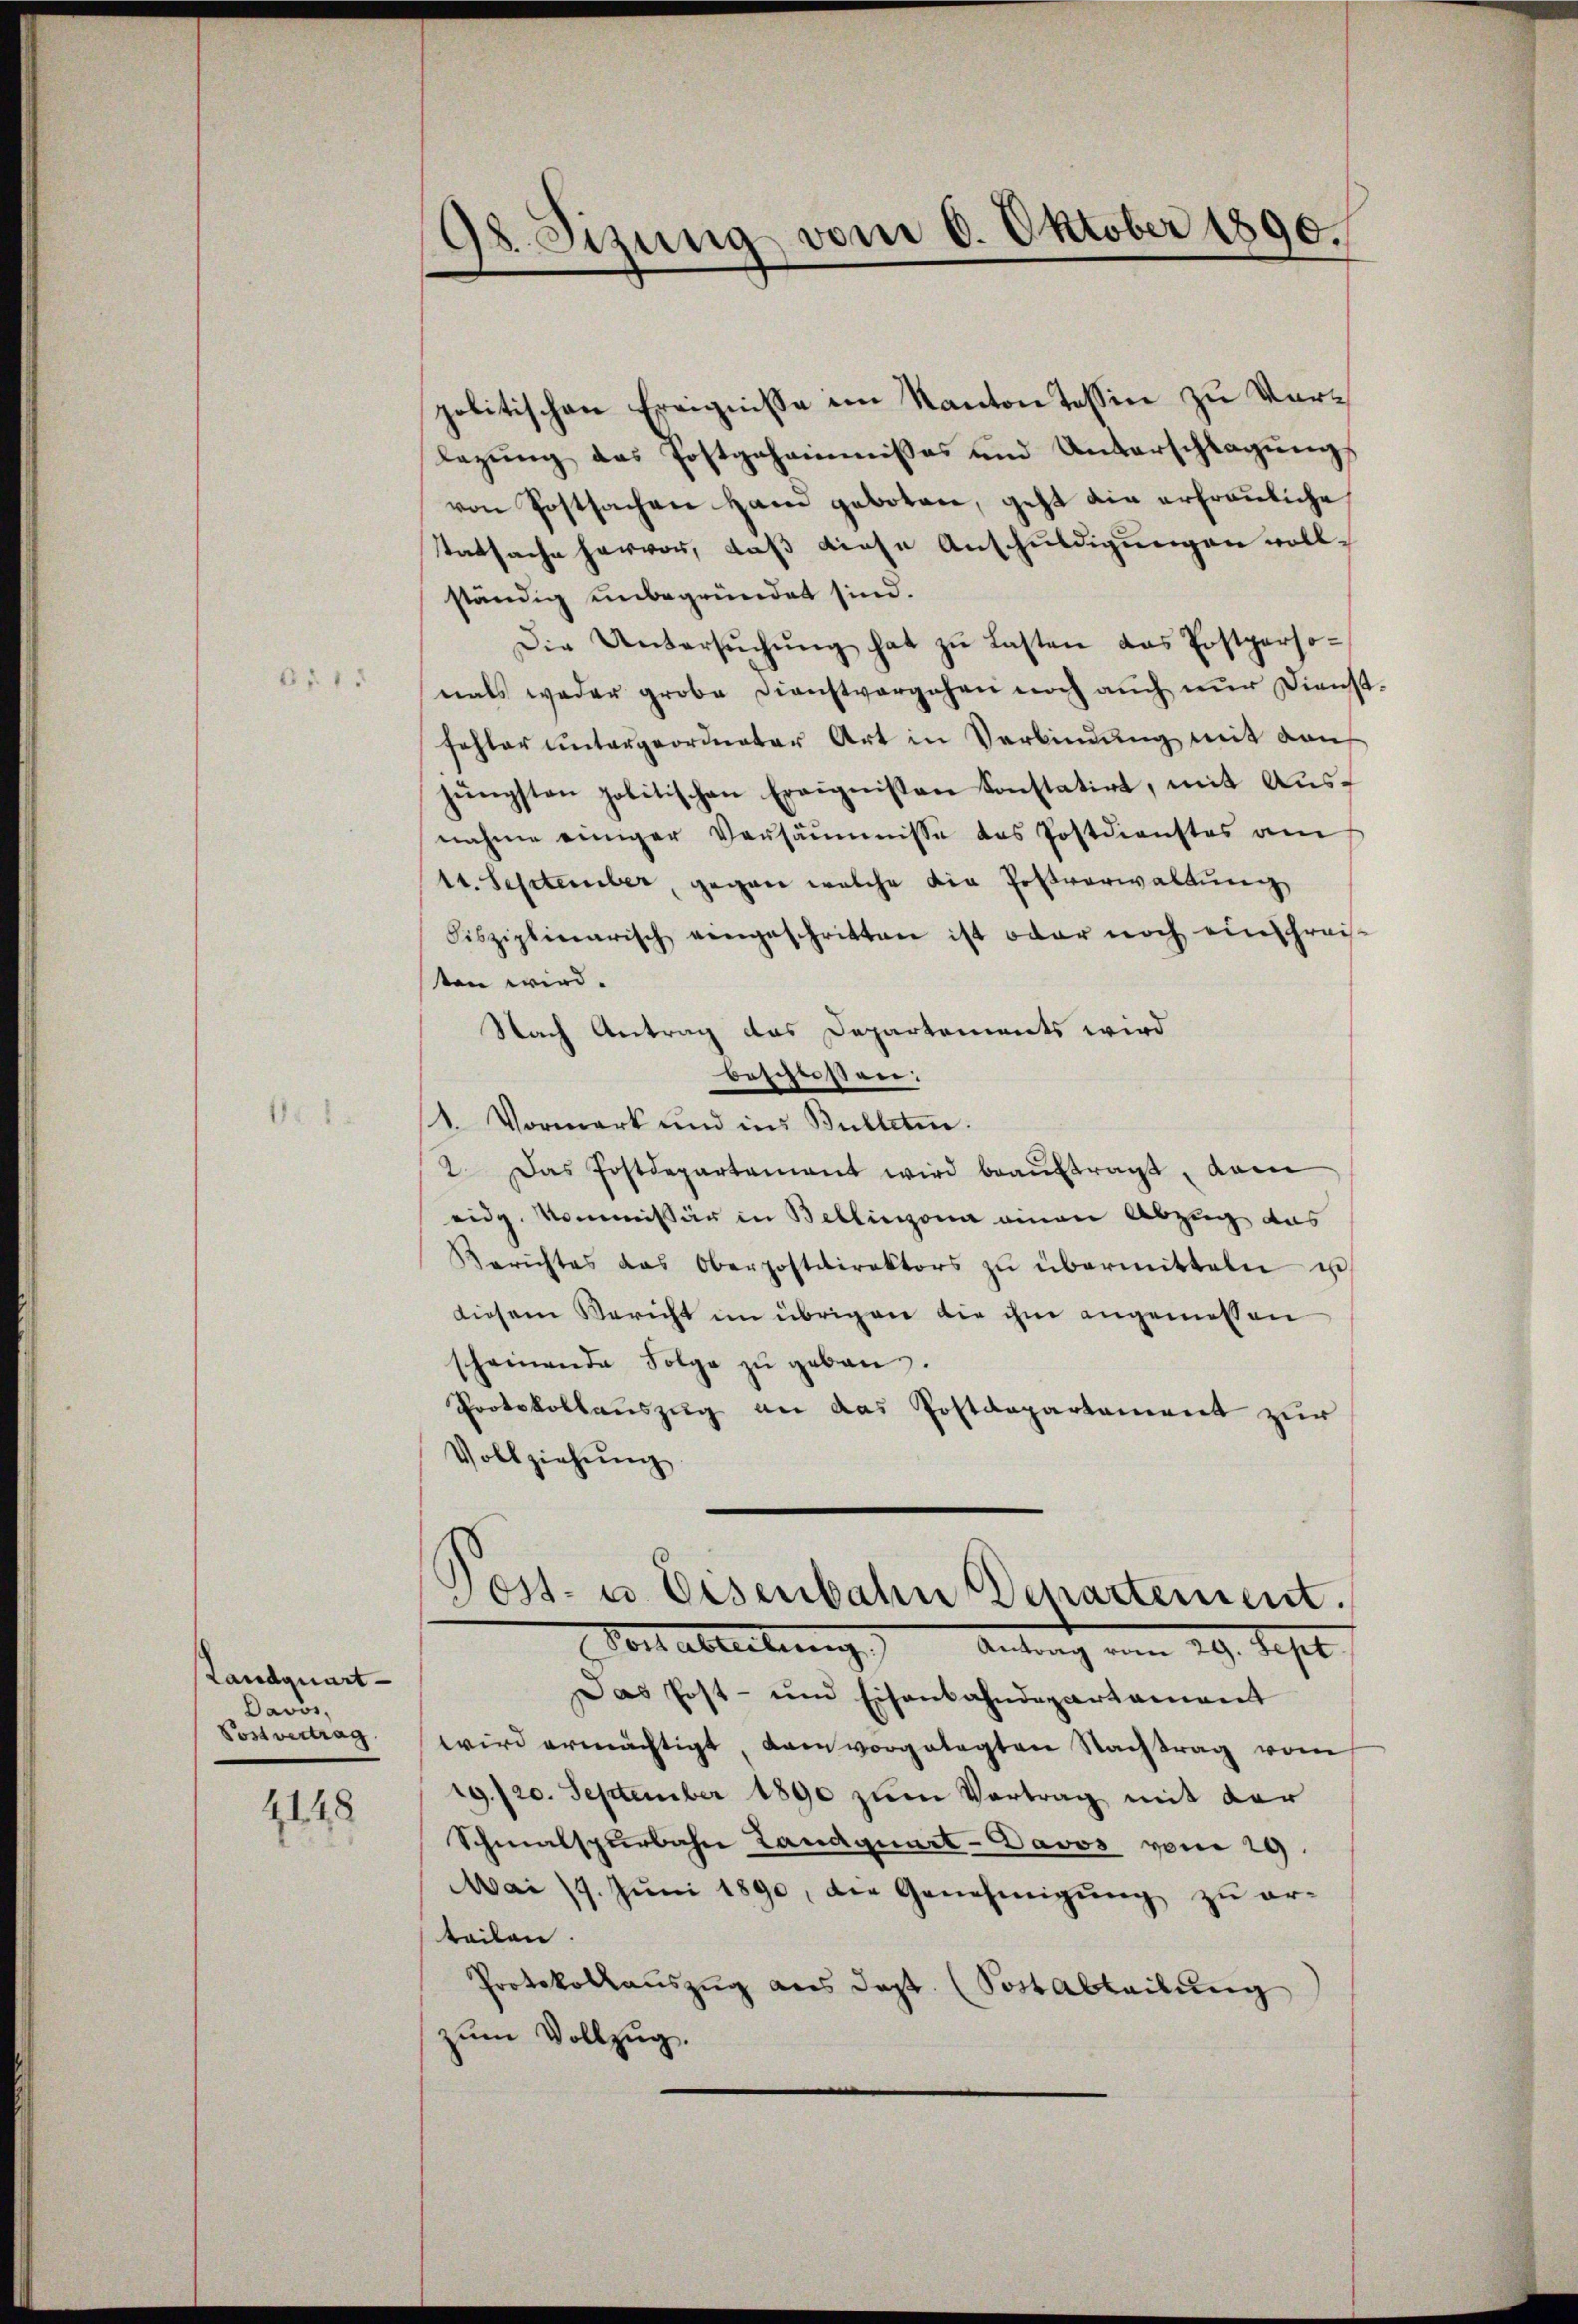
61. 1

Landquart
Davos,
Postvertrag.

4148

98. Sizung vom 6. Oktober 1890.

politischen Ereignisse im Kanton Tessin zu Vorlegung das Postgeheimnisses und Unterschlagung
von Postsachen Hand geboten, geht die erfrauliche
tatsache hervor, daß diese Anschuldigungen vollständig unbegründet sind.
Die Untersŭchŭng hat zŭ Lasten das Postperso-
nals weder grobe Dienstvergehen noch auch nŭr Dienst-
fehler untergeordneter Art in Verbindung mit den
jüngsten politischen Ereignissen konstatirt, mit Aŭs-
nahme einiger Versäumnisse das Postdienstes am
tt. September, gegen welche die Postverwaltung
Fisziplinarisch eingeschritten ist oder noch einschreis-
ten wird.
Nach Antrag das Departements wird
beschloßen:
1. Vormerk und in Bulleten.
2. Das Postdepartement wird beaŭftragt, dam
eidg. Kommissär in Bellinzona einen Abzug das
Berichtes das Oberpostdirektors zŭ übermitteln u
diesem Bericht im übrigen die ihm angemessen
scheinende Folge zŭ geben.
Protokollauszug an das Postdepartement zur
Vollziehung
Jost- u. Eisenbahn Departement.
Voll ableiben        Antrag vom 29. Sept
Das Post- und Eisenbahndepartament
wird ermächtigt dann vorgelegten Nachtrag vom
9. 720. September 1890 zum Vortrag mit der
Schmalspurbahn Landquart-Davos vom 29.
Mai 17. Juni 1890, die Genehmigung zu er-
teilen.
Protokollauszug aus dept. (Sottabteilung
zum Vollzug.